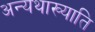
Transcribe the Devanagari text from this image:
अन्यथाख्याति